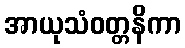
အာယုသံဝတ္တနိကာ